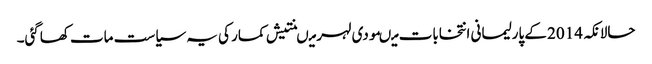
حالانکہ 2014 کے پارلیمانی انتخابات میںمودی لہر میںنتیش کمار کی یہ سیاست مات کھاگئی۔